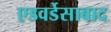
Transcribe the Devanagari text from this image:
एडवर्डेसाबाद